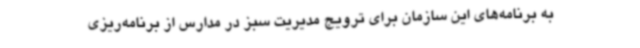
به برنامه‌های این سازمان برای ترویج مدیریت سبز در مدارس از برنامه‌ریزی